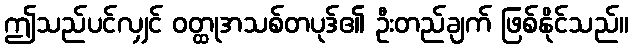
ဤသည်ပင်လျှင် ဝတ္ထုအသစ်တပုဒ်၏ ဦးတည်ချက် ဖြစ်နိုင်သည်။